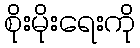
စိုးမိုးရေးကို